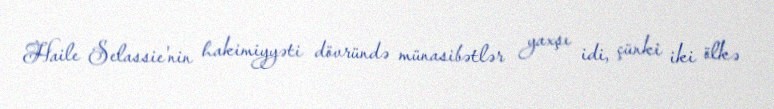
Haile Selassie'nin hakimiyyəti dövründə münasibətlər yaxşı idi, çünki iki ölkə